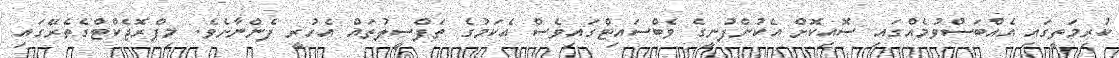
ކުރިމަތީގައި އެއްބަސްވުމެއްގައި ސޮއިކޮށް އެކުންފުނީގެ ވެބްސައިޓްގައިވެސް އެކަމުގެ ތަފްސީލުތައް އެހުރީ ފެންނާށެވެ. މިޕްރޮޖެކްޓްގެތެރޭގައި